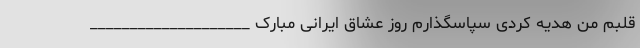
قلبم من هدیه کردی سپاسگذارم روز عشاق ایرانی مبارک ____________________